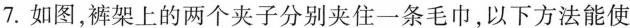
7.如图，裤架上的两个夹子分别夹住一条毛巾，以下方法能使